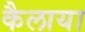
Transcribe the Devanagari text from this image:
कैलाया